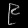
Digit: ၉